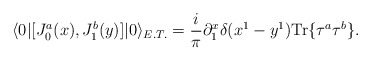
\begin{align*}\langle 0|[J_{0}^{a}(x),J_{1}^{b}(y)]|0\rangle_{E.T.}=\frac{i}{\pi}\partial^{x}_{1}\delta(x^{1}-y^{1})\mbox{Tr}\{\tau^{a}\tau^{b}\}.\end{align*}